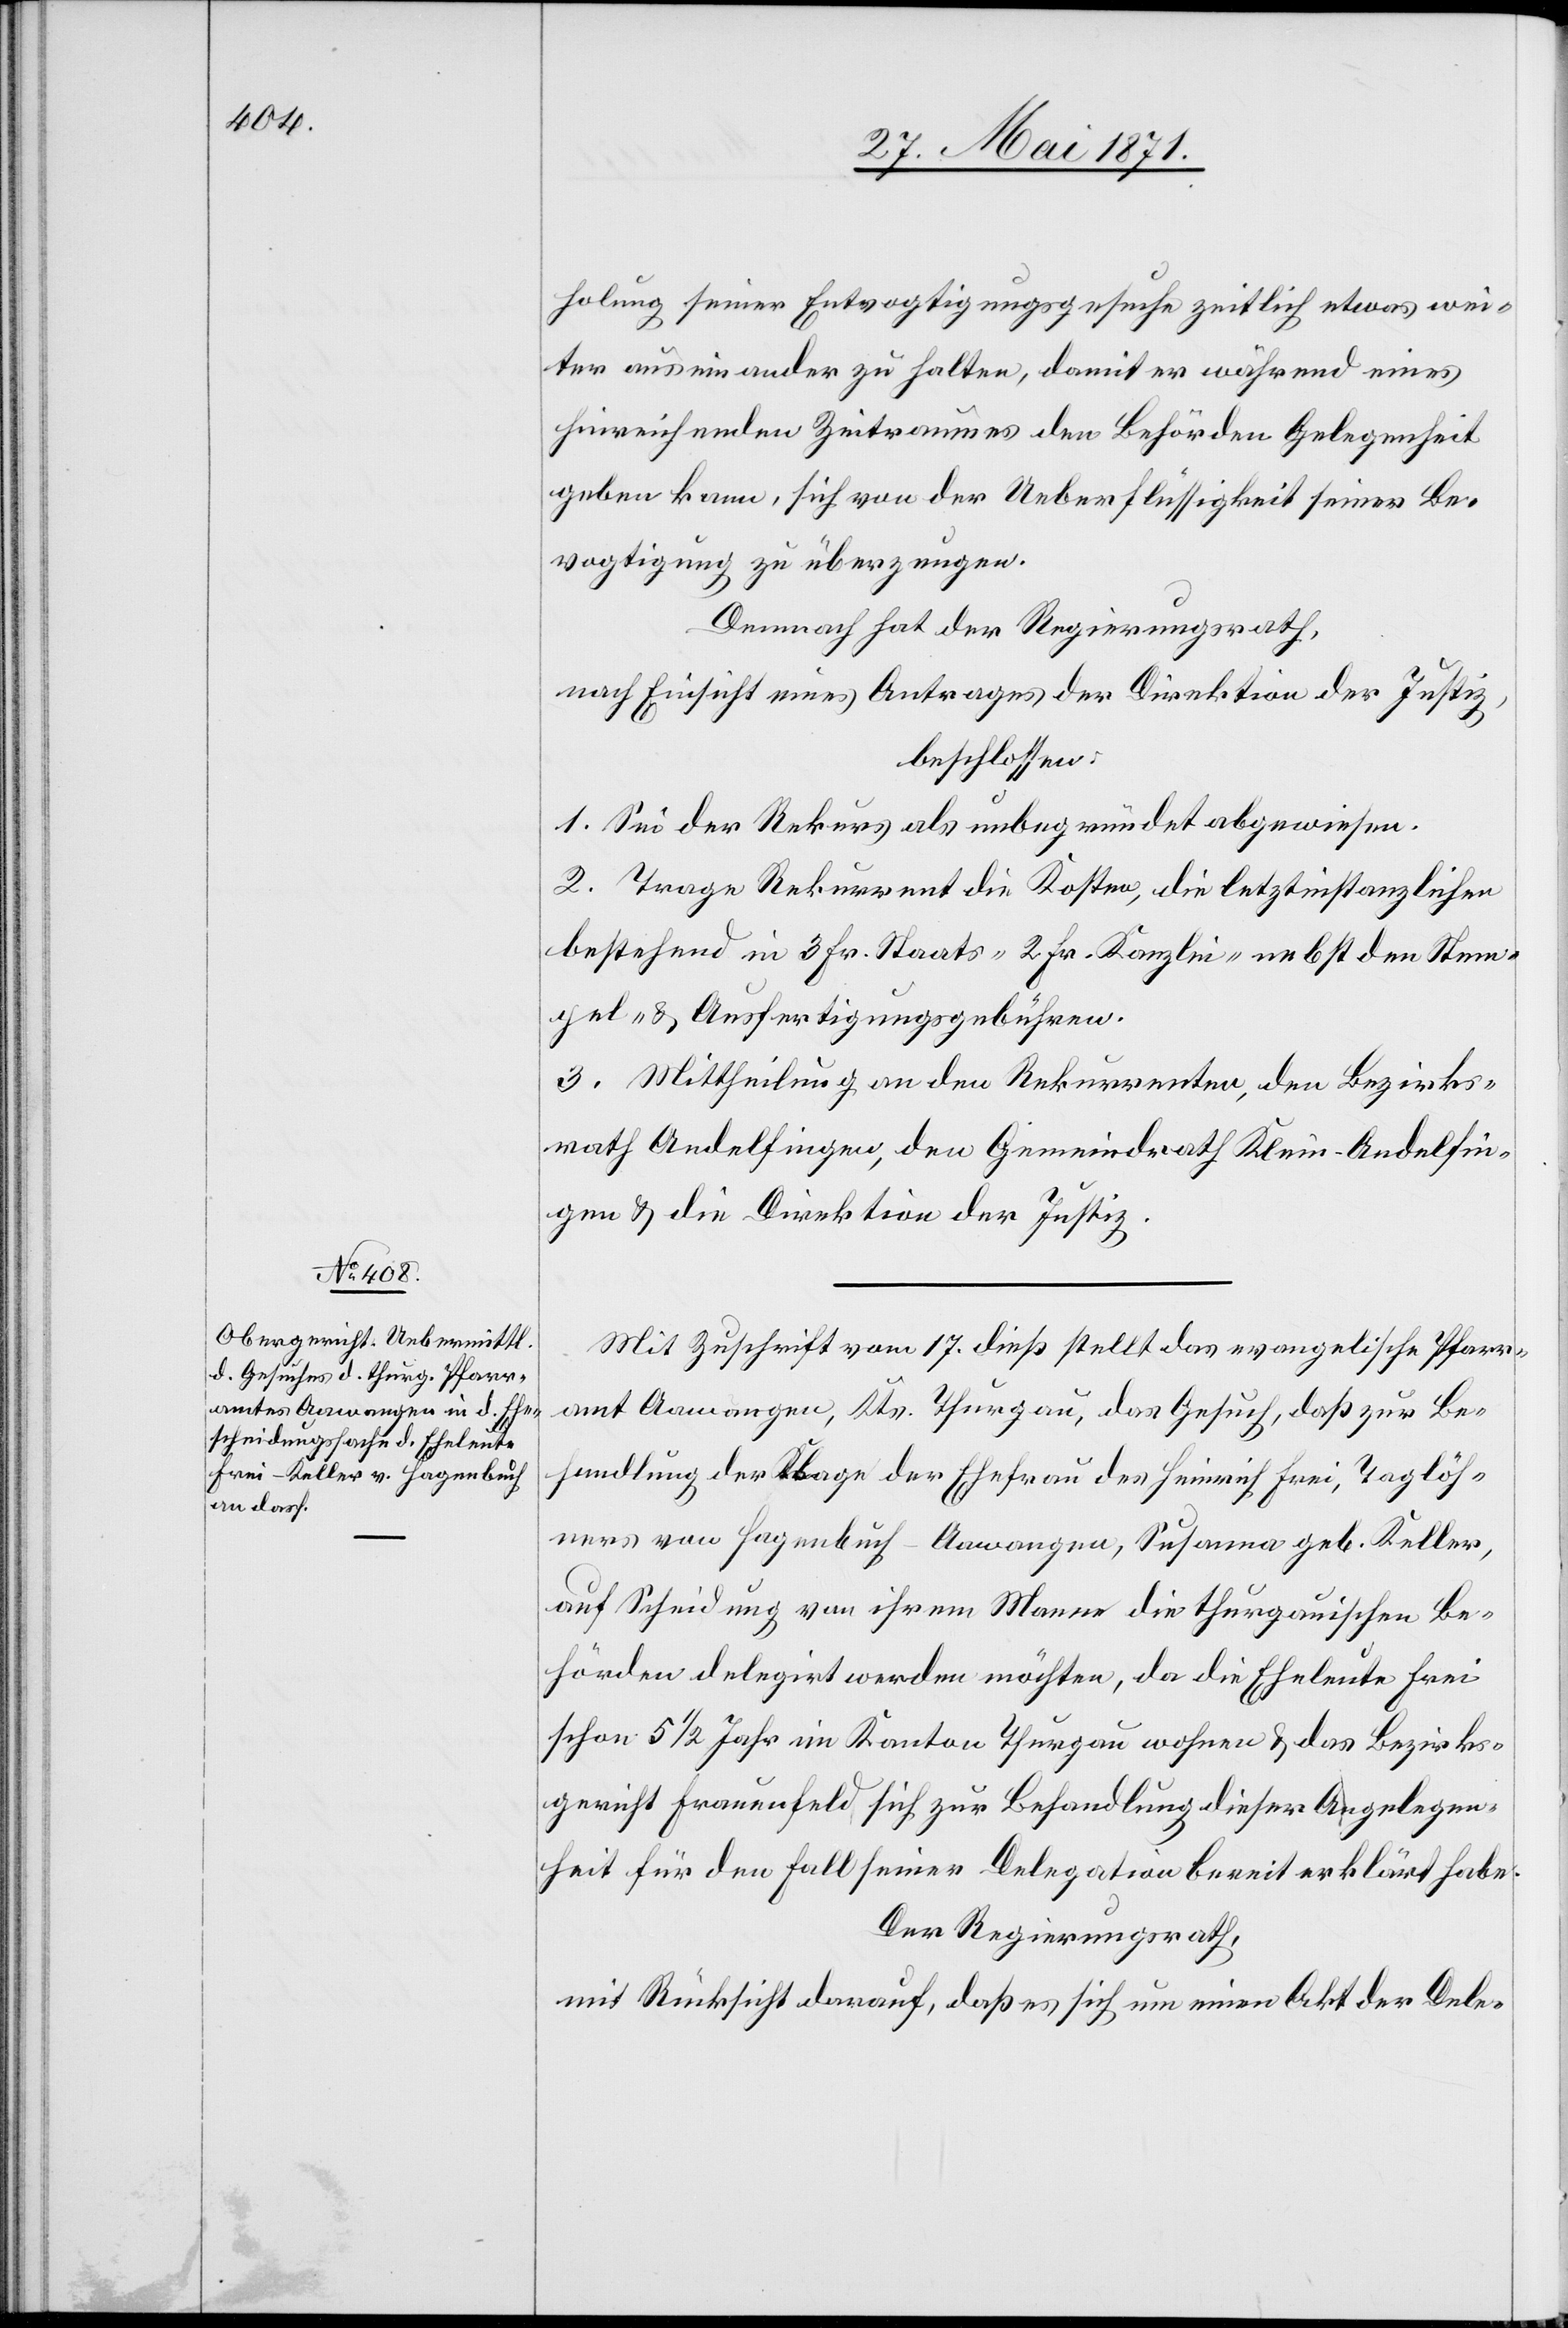
holung seiner Entvogtigungsgesuche zeitlich etwas wei¬
ter auseinander zu halten, damit er während eines
hinreichenden Zeitraumes den Behörden Gelegenheit
geben kann, sich von der Ueberflüssigkeit seiner Be¬
vogtigung zu überzeugen.
Demnach hat der Regierungsrath,
nach Einsicht eines Antrages der Direktion der Justiz,
beschlossen:
1. Sei der Rekurs als unbegründet abgewiesen.
2. Trage Rekurrent die Kosten, die letztinstanzlichen
bestehend in 3 Fr. Staats-[,] 2 Fr. Kanzlei-[,] nebst den Stem¬
pel- u. Ausfertigungsgebühren.
3. Mittheilung an den Rekurrenten, den Bezirks¬
rath Andelfingen, den Gemeindrath Klein-Andelfin¬
gen u. die Direktion der Justiz.
Mit Zuschrift vom 17. dieß stellt das evangelische Pfarr¬
amt Aawangen, Kts. Thurgau, das Gesuch, daß zur Be¬
handlung der Klage der Ehefrau des Heinrich Frei, Taglöh¬
ners von Hagenbuch-Aawangen, Susanna geb. Keller,
auf Scheidung von ihrem Manne die thurgauischen Be¬
hörden delegirt werden möchten, da die Eheleute Frei
schon 5 1/2 Jahr im Kanton Thurgau wohnen u. das Bezirks¬
gericht Frauenfeld sich zur Behandlung dieser Angelegen¬
heit für den Fall seiner Delegation bereit erklärt habe.
Der Regierungsrath,
mit Rücksicht darauf, daß es sich um einen Akt der Dele-